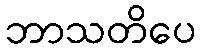
ဘာသတိပေ